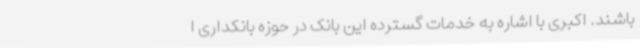
باشند. اکبری با اشاره به خدمات گسترده این بانک در حوزه بانکداری ا